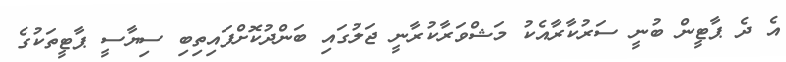
އެ ދެ ޕާޓީން ބުނީ ސަރުކާރާއެކު މަޝްވަރާކުރާނީ ޖަލުގައި ބަންދުކޮށްފައިތިބި ސިޔާސީ ޕާޓީތަކުގެ